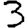
Digit: 3